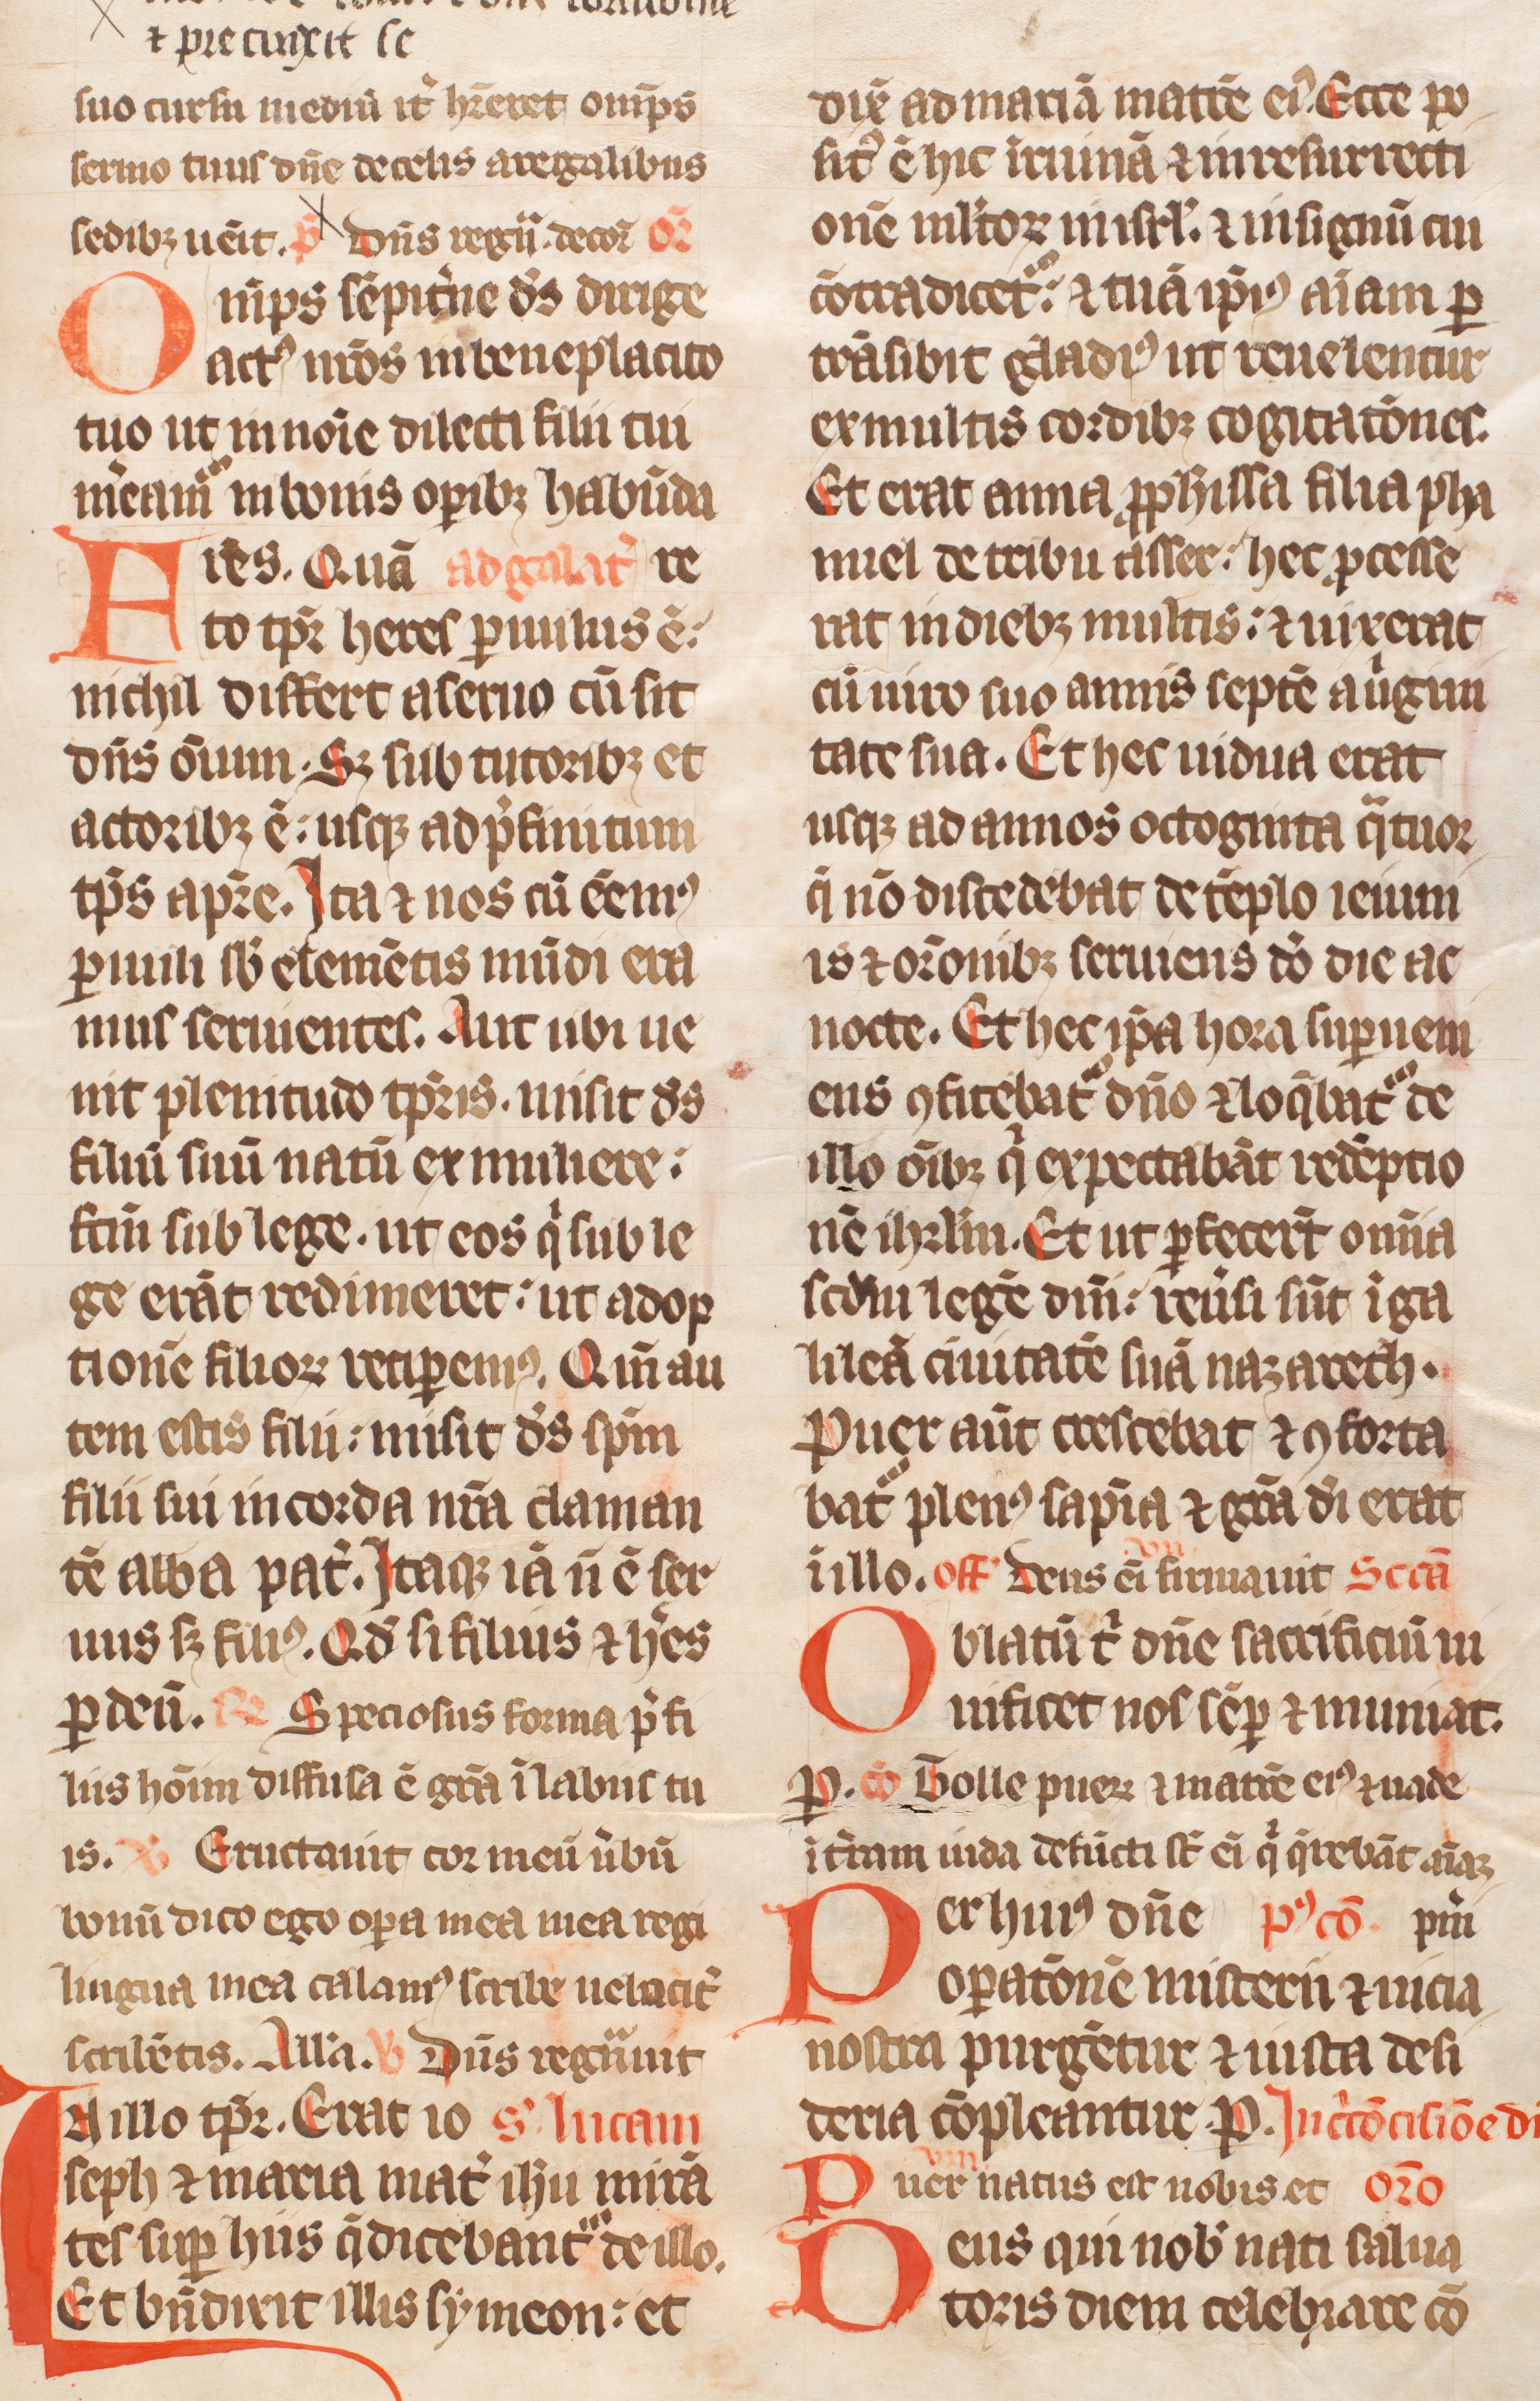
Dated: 1300–1399